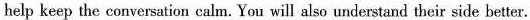
help keep the conversation calm. You will also understand their side better.